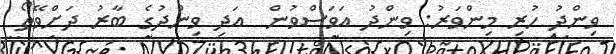
ވިންދު ހުރި މިންވަރު: ވިންދު އަވަސްވުން  އަދި ވިންދުގެ ބާރު ދަށްވޭތޯ